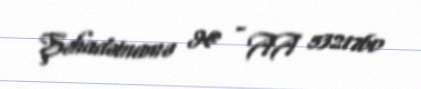
Şəhadətnamə № - AA 5321760